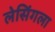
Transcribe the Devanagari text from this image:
लेसिंगला